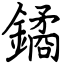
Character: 鐍